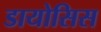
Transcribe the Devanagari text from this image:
डायोसिस